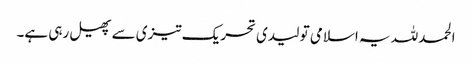
الحمدللہ یہ اسلامی تو لیدی تحریک تیزی سے پھیل رہی ہے۔